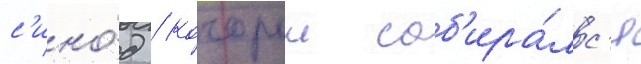
с'ино́д / которыи соб'ира́лс'я